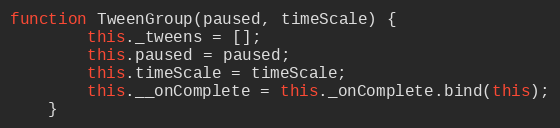
Language: JavaScript
function TweenGroup(paused, timeScale) {
		this._tweens = [];
		this.paused = paused;
		this.timeScale = timeScale;
		this.__onComplete = this._onComplete.bind(this);
	}